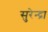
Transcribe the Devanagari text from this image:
सुरेन्द्रा